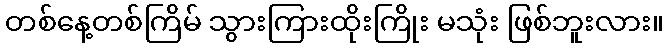
တစ်နေ့တစ်ကြိမ် သွားကြားထိုးကြိုး မသုံး ဖြစ်ဘူးလား။